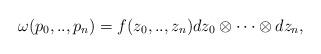
LaTeX: \begin{align*} \omega(p_0,..,p_n)=f(z_0,..,z_n)dz_0\otimes\cdots\otimes dz_n,\end{align*}